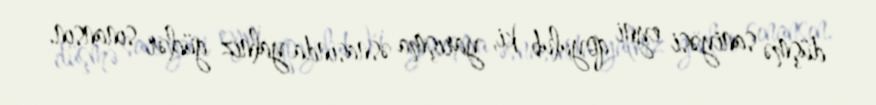
düşmə saniyəsi eyni qoyulub ki, yarışma əsnasında yalnız güclər sınansın.